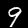
Label: 9